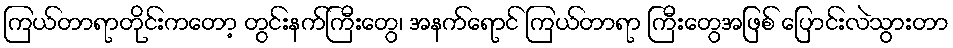
ကြယ်တာရာတိုင်းကတော့ တွင်းနက်ကြီးတွေ၊ အနက်ရောင် ကြယ်တာရာ ကြီးတွေအဖြစ် ပြောင်းလဲသွားတာ